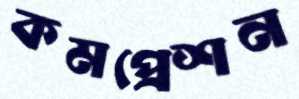
কমপ্রেশন